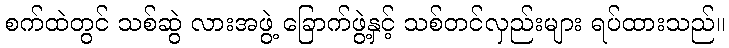
စက်ထဲတွင် သစ်ဆွဲ လားအဖွဲ့ ခြောက်ဖွဲ့နှင့် သစ်တင်လှည်းများ ရပ်ထားသည်။